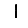
Digit: 1